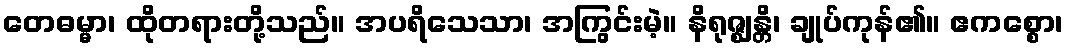
တေဓမ္မာ၊ ထိုတရားတို့သည်။ အပရိသေသာ၊ အကြွင်းမဲ့။ နိရုဇ္ဈန္တိ၊ ချုပ်ကုန်၏။ ဧကစ္စော၊